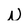
Character: N